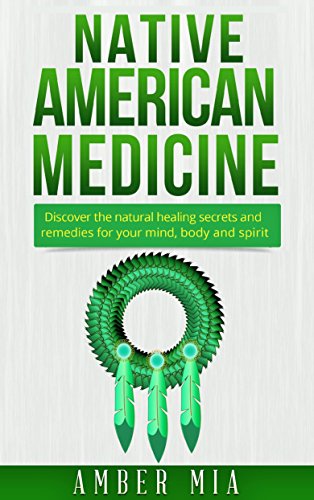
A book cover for Native American Medicine: Discover the Natural Healing Secrets and Remedies for Your Mind, Body and Spirit (Native American Medicine, Natural Remedies, ... Treatment, Herbal, Naturopathy Book 1); Amber Mia; Cookbooks, Food & Wine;